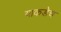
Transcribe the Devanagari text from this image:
याकडेच